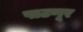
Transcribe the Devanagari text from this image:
पाटणूर